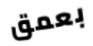
بعمق